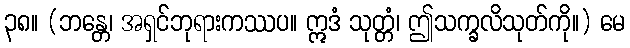
၃၈။ (ဘန္တေ၊ အရှင်ဘုရားကဿပ။ ဣဒံ သုတ္တံ၊ ဤသက္ခလိသုတ်ကို။) မေ